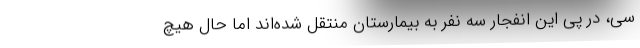
سی، در پی این انفجار سه نفر به بیمارستان منتقل شده‌اند اما حال هیچ